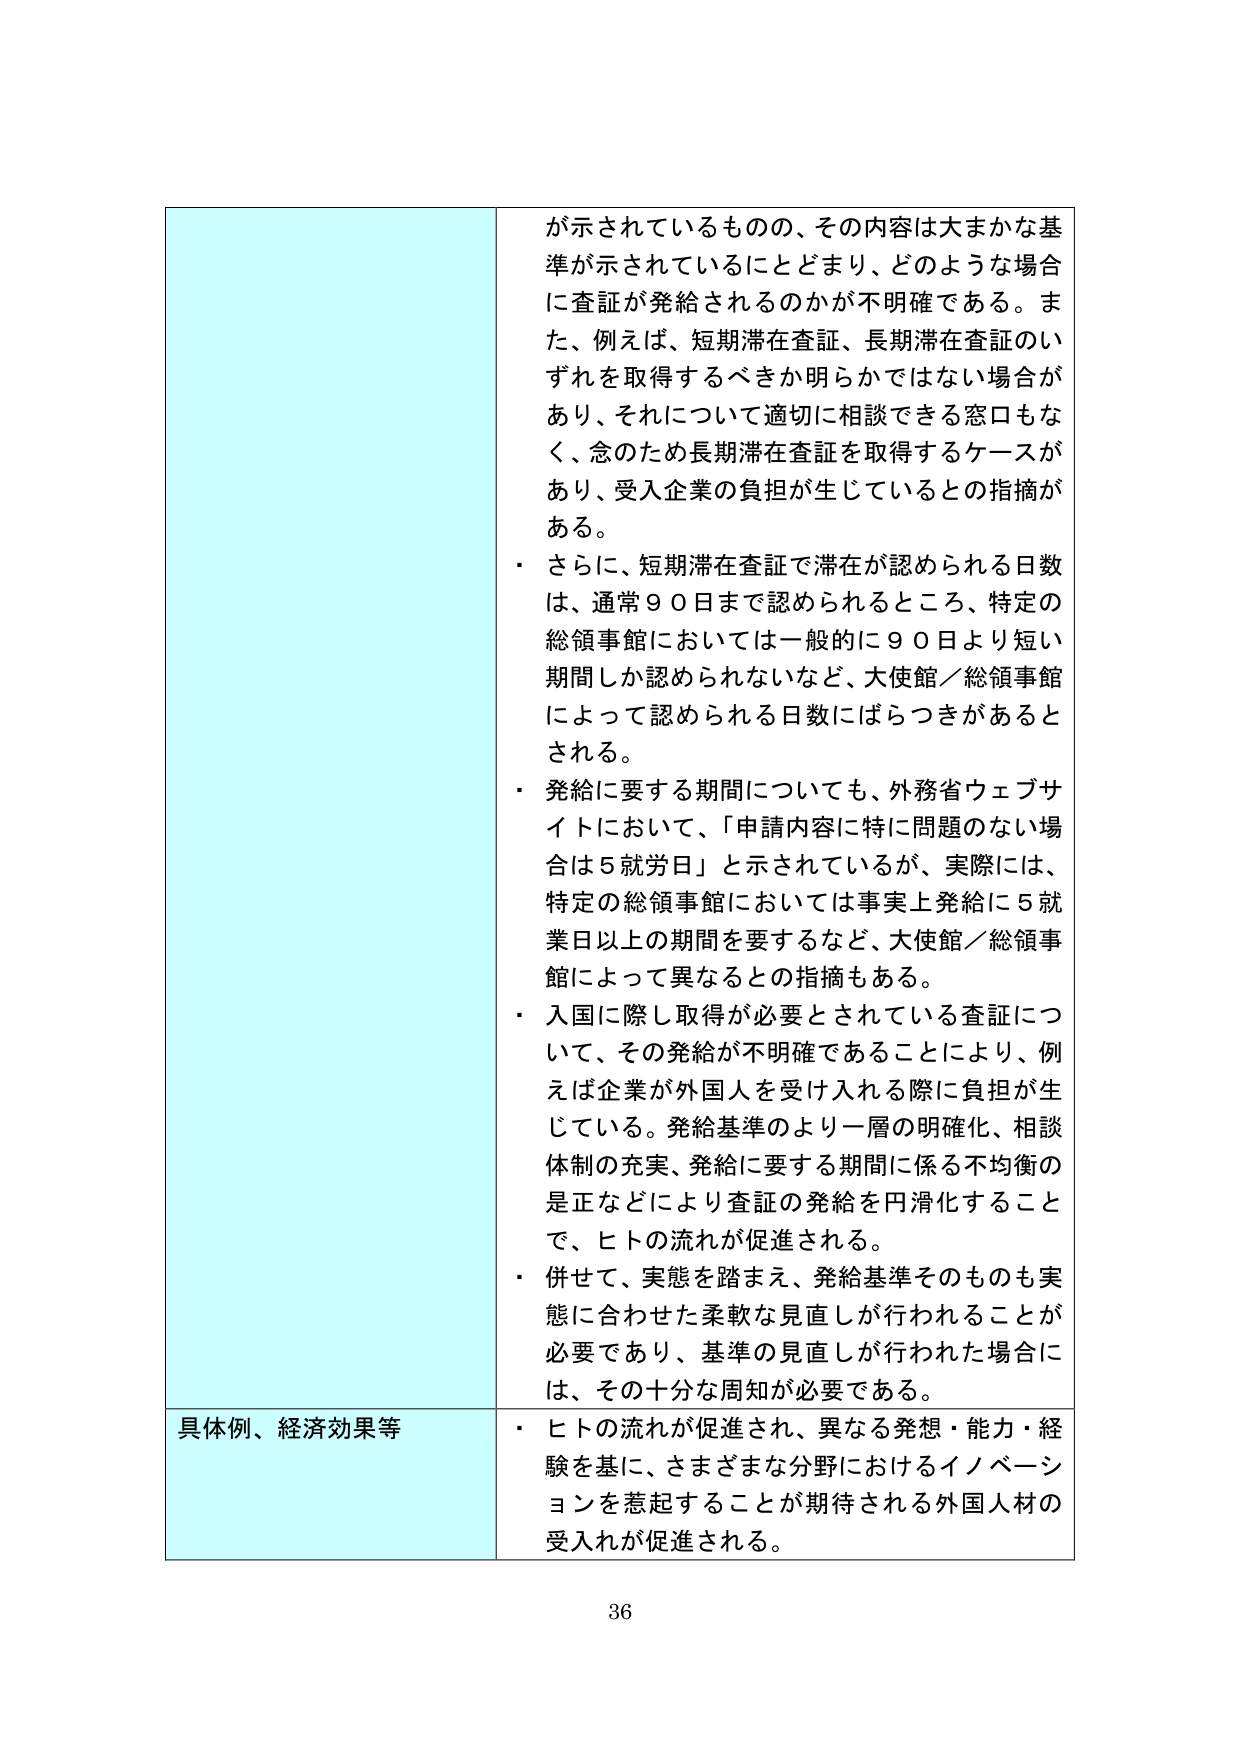
が示されているものの、その内容は大まかな基準が示されているにとどまり、どのような場合に査証が発給されるのかが不明確である。また、例えば、短期滞在査証、長期滞在査証のいずれを取得するべきか明らかではない場合があり、それについて適切に相談できる窓口もなく、念のため長期滞在査証を取得するケースがあり、受入企業の負担が生じているとの指摘がある。

・ さらに、短期滞在査証で滞在が認められる日数は、通常90日まで認められるところ、特定の総領事館においては一般的に90日より短い期間しか認められないなど、大使館／総領事館によって認められる日数にばらつきがあるとされる。

・ 発給に要する期間についても、外務省ウェブサイトにおいて、「申請内容に特に問題のない場合は5就労日」と示されているが、実際には、特定の総領事館においては事実上発給に5就業日以上の期間を要するなど、大使館／総領事館によって異なるとの指摘もある。

・ 入国に際し取得が必要とされている査証について、その発給が不明確であることにより、例えば企業が外国人を受け入れる際に負担が生じている。発給基準のより一層の明確化、相談体制の充実、発給に要する期間に係る不均衡の是正などにより査証の発給を円滑化することで、ヒトの流れが促進される。

・ 併せて、実態を踏まえ、発給基準そのものも実態に合わせた柔軟な見直しが行われることが必要であり、基準の見直しが行われた場合には、その十分な周知が必要である。

具体例、経済効果等
・ ヒトの流れが促進され、異なる発想・能力・経験を基に、さまざまな分野におけるイノベーションを惹起することが期待される外国人材の受入れが促進される。

36